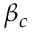
\beta _ { c }